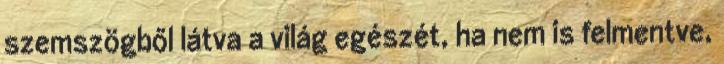
szemszögből látva a világ egészét, ha nem is felmentve,